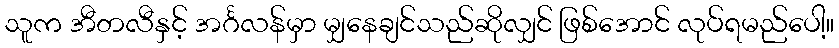
သူက အီတလီနှင့် အင်္ဂလန်မှာ မျှနေချင်သည်ဆိုလျှင် ဖြစ်အောင် လုပ်ရမည်ပေါ့။